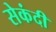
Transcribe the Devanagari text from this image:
सेकंदी